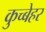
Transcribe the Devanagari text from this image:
कुच्बेहर